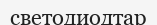
светодиодтар